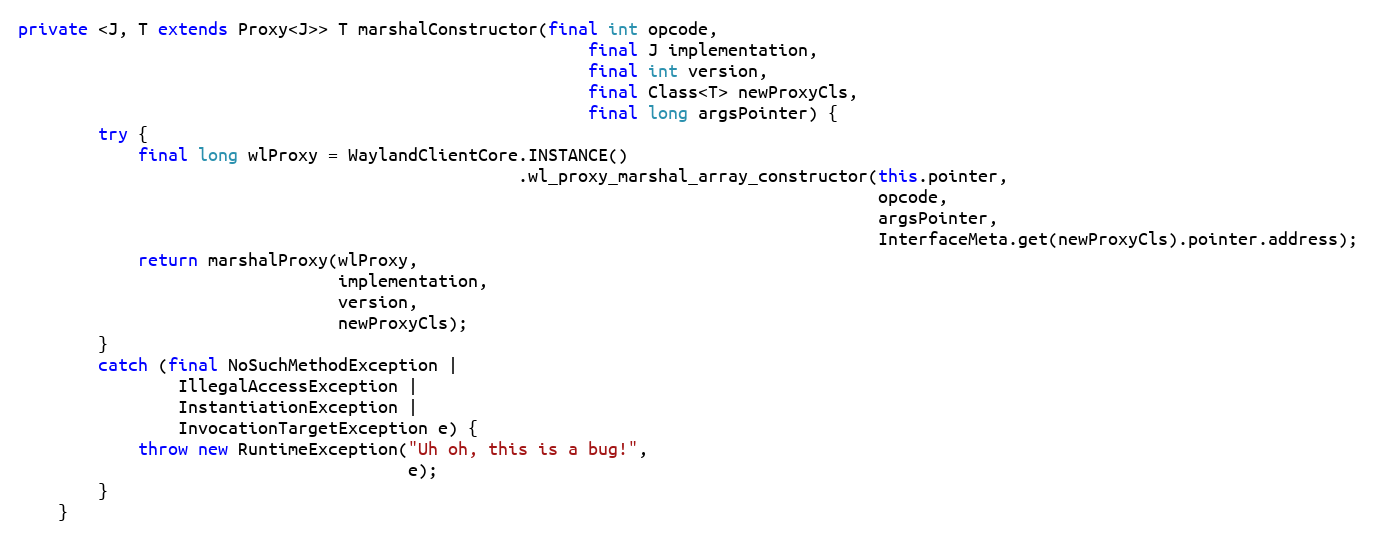
Language: Java
private <J, T extends Proxy<J>> T marshalConstructor(final int opcode,
                                                         final J implementation,
                                                         final int version,
                                                         final Class<T> newProxyCls,
                                                         final long argsPointer) {
        try {
            final long wlProxy = WaylandClientCore.INSTANCE()
                                                  .wl_proxy_marshal_array_constructor(this.pointer,
                                                                                      opcode,
                                                                                      argsPointer,
                                                                                      InterfaceMeta.get(newProxyCls).pointer.address);
            return marshalProxy(wlProxy,
                                implementation,
                                version,
                                newProxyCls);
        }
        catch (final NoSuchMethodException |
                IllegalAccessException |
                InstantiationException |
                InvocationTargetException e) {
            throw new RuntimeException("Uh oh, this is a bug!",
                                       e);
        }
    }